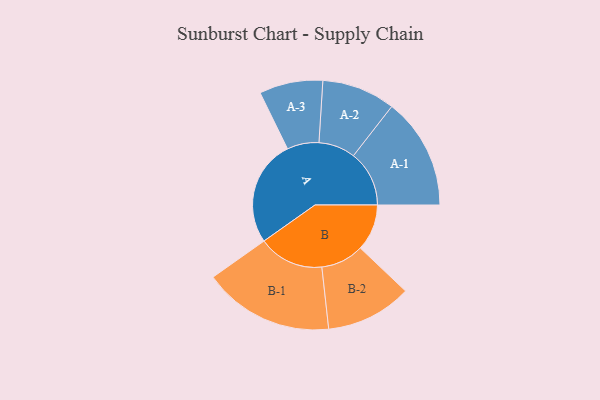
{"axis": {"x": "Segment", "y": "Value"}, "legend": ["", "A", "B"], "data": [{"x": "A", "y": 474, "type": ""}, {"x": "B", "y": 208, "type": ""}, {"x": "A-1", "y": 249, "type": "A"}, {"x": "A-2", "y": 164, "type": "A"}, {"x": "A-3", "y": 142, "type": "A"}, {"x": "B-1", "y": 292, "type": "B"}, {"x": "B-2", "y": 192, "type": "B"}]}